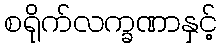
စရိုက်လက္ခဏာနှင့်